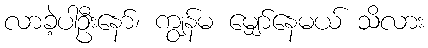
လာခဲ့ပါဦးနော်၊ ကျွန်မ မျှော်နေမယ် သိလား